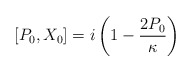
\begin{align*} [P_0, X_0] = i\left(1 - \frac{2P_0}\kappa \right)\end{align*}